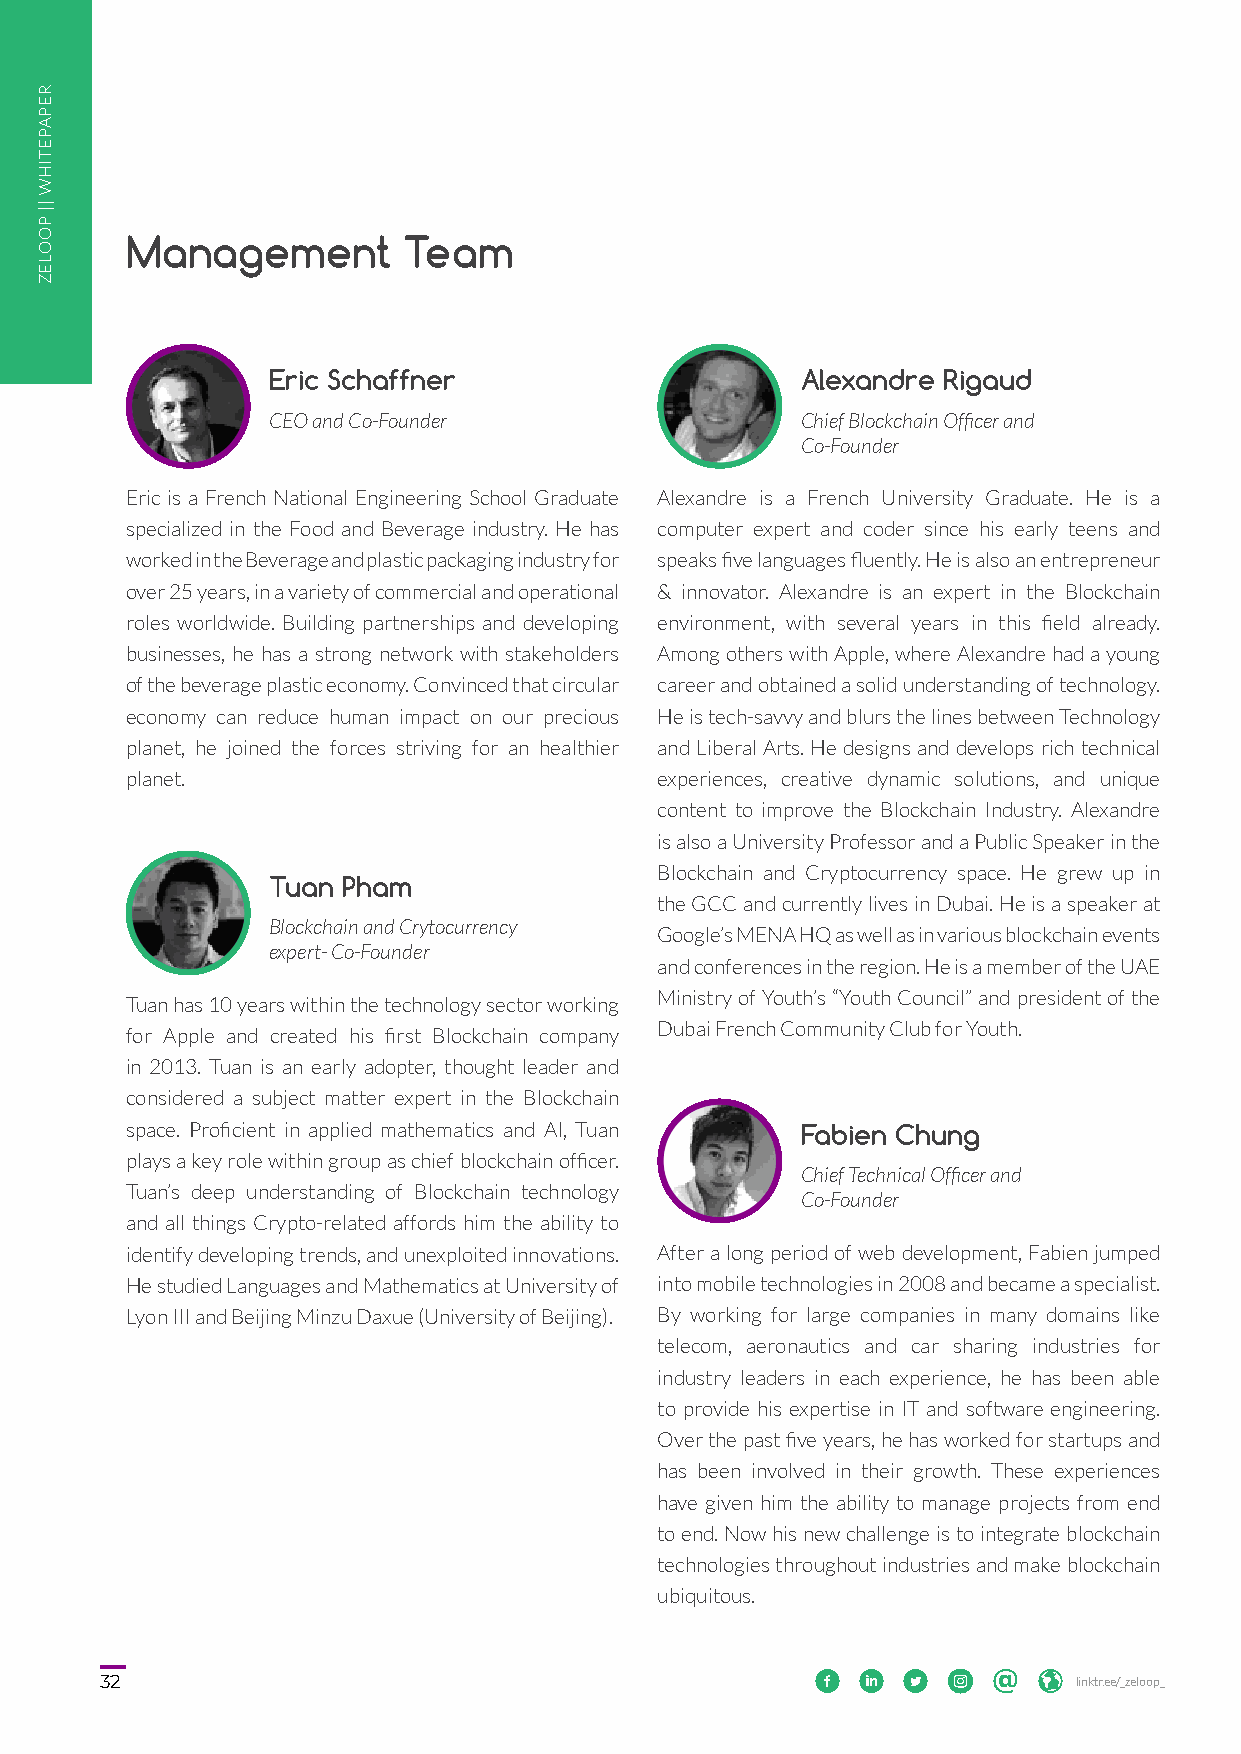
Management         Team
 Eric Schaffner                     Alexandre Rigaud
 CEO and Co-Founder                 Chief Blockchain Officer and
 Co-Founder
 Eric is a French National Engineering School Graduate Alexandre is a French University Graduate. He is a
 specialized in the Food and Beverage industry. He has computer expert and coder since his early teens and
 worked in the Beverage and plastic packaging industry for speaks five languages fluently. He is also an entrepreneur
 over 25 years, in a variety of commercial and operational & innovator. Alexandre is an expert in the Blockchain
 roles worldwide. Building partnerships and developing environment, with several years in this field already.
 businesses, he has a strong network with stakeholders Among others with Apple, where Alexandre had a young
 of the beverage plastic economy. Convinced that circular career and obtained a solid understanding of technology.
 economy can reduce human impact on our precious He is tech-savvy and blurs the lines between Technology
 planet, he joined the forces striving for an healthier and Liberal Arts. He designs and develops rich technical
 planet.                            experiences, creative dynamic solutions, and unique
 content to improve the Blockchain Industry. Alexandre
 is also a University Professor and a Public Speaker in the
 Blockchain and Cryptocurrency space. He grew up in
 Tuan Pham
 the GCC and currently lives in Dubai. He is a speaker at
 Blockchain and Crytocurrency
 Google’s MENA HQ as well as in various blockchain events
 expert- Co-Founder
 and conferences in the region. He is a member of the UAE
 Ministry of Youth’s “Youth Council” and president of the
 Tuan has 10 years within the technology sector working
 Dubai French Community Club for Youth.
 for Apple and created his first Blockchain company
 in 2013. Tuan is an early adopter, thought leader and
 considered a subject matter expert in the Blockchain
 space. Proficient in applied mathematics and AI, Tuan Fabien Chung
 plays a key role within group as chief blockchain officer.
 Chief Technical Officer and
 Tuan’s deep understanding of Blockchain technology
 Co-Founder
 and all things Crypto-related affords him the ability to
 identify developing trends, and unexploited innovations. After a long period of web development, Fabien jumped
 He studied Languages and Mathematics at University of into mobile technologies in 2008 and became a specialist.
 Lyon III and Beijing Minzu Daxue (University of Beijing). By working for large companies in many domains like
 telecom, aeronautics and car sharing industries for
 industry leaders in each experience, he has been able
 to provide his expertise in IT and software engineering.
 Over the past five years, he has worked for startups and
 has been involved in their growth. These experiences
 have given him the ability to manage projects from end
 to end. Now his new challenge is to integrate blockchain
 technologies throughout industries and make blockchain
 ubiquitous.
 32                                                        linktr.ee/_zeloop_
 REPAPETIHW
 ||
 POOLEZ